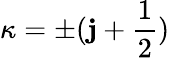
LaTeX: \kappa=\pm(\mathbf{j}+\frac{{1}}{{2}})